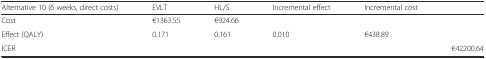
<table><thead><tr><td><b>Alternative 10 (6 weeks, direct costs)</b></td><td><b>EVLT</b></td><td><b>HL/S</b></td><td><b>Incremental effect</b></td><td><b>Incremental cost</b></td><td></td></tr></thead><tbody><tr><td>Cost</td><td>€1363.55</td><td>€924.66</td><td></td><td></td><td></td></tr><tr><td>Effect (QALY)</td><td>0.171</td><td>0.161</td><td>0.010</td><td>€438.89</td><td></td></tr><tr><td>ICER</td><td></td><td></td><td></td><td></td><td>€42200.64</td></tr></tbody></table>